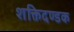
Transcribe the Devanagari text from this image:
शक्तिदण्डक